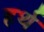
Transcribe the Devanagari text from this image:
हर्थ